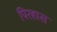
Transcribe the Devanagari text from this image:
पिरहास